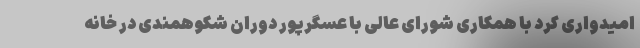
امیدواری کرد با همکاری شورای عالی با عسگرپور دوران شکوهمندی در خانه